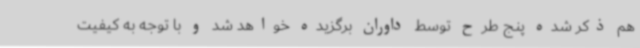
هم ذکر شده پنج طرح توسط داوران برگزیده خواهد شد و با توجه به کیفیت